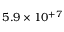
5 . 9 \times 1 0 ^ { + 7 }